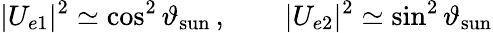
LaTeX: |U_{e1}|^{2}\simeq\cos^{2}\vartheta_{\mathrm{sun}}\, ,\qquad|U_{e2}|^{2}\simeq\sin^{2}\vartheta_{\mathrm{sun}}